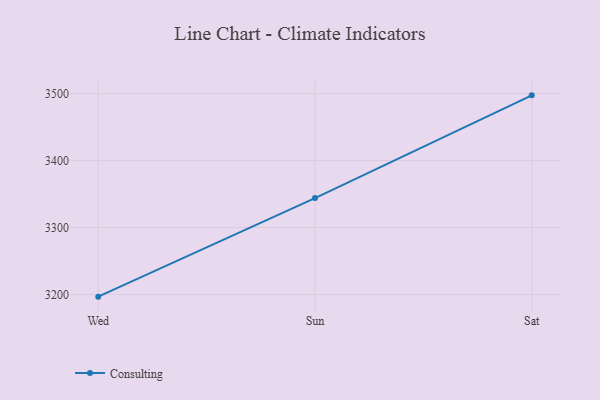
{"axis": {"x": "Day", "y": "Waste Production (Tons)"}, "legend": ["Consulting"], "data": [{"x": "Wed", "y": 3196.7, "type": "Consulting"}, {"x": "Sun", "y": 3343.9, "type": "Consulting"}, {"x": "Sat", "y": 3497.4, "type": "Consulting"}]}